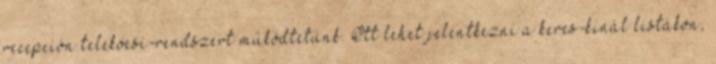
recepción telekocsi-rendszert működtetünk. Ott lehet jelentkezni a keres-kínál listákon,